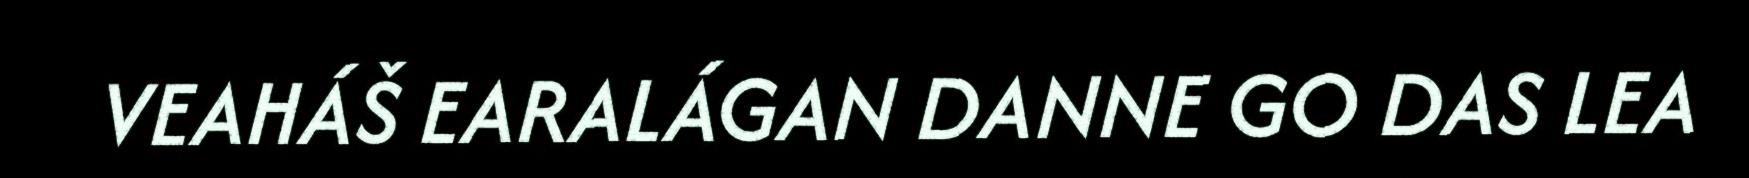
VEAHÁŠ EARALÁGAN DANNE GO DAS LEA